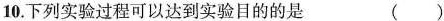
10.下列实验过程可以达到实验目的的是(